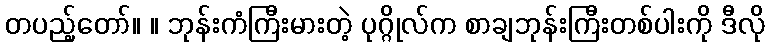
တပည့်တော်။ ။ ဘုန်းကံကြီးမားတဲ့ ပုဂ္ဂိုလ်က စာချဘုန်းကြီးတစ်ပါးကို ဒီလို